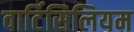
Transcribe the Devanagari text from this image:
वार्टिसिलियम